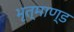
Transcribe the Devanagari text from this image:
भृत्माण्ड